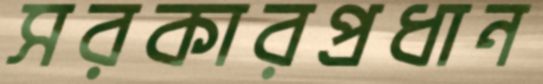
সরকারপ্রধান